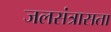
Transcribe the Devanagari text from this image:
जलसंत्रासता